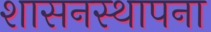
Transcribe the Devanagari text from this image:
शासनस्थापना